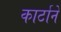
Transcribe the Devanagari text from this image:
कार्टाने